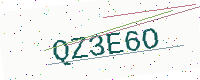
Text: QZ3E6O